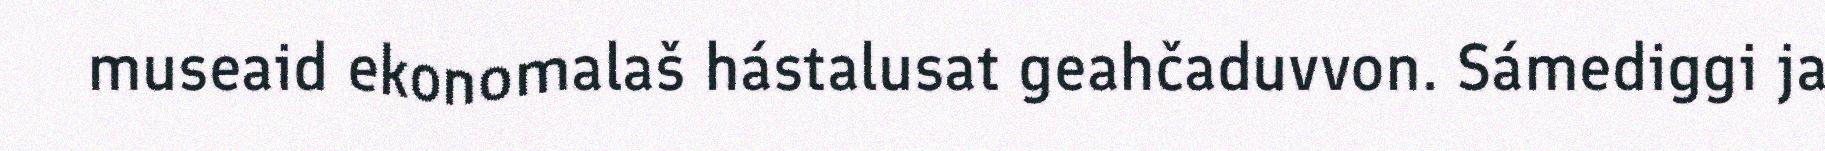
museaid ekonomalaš hástalusat geahčaduvvon. Sámediggi ja